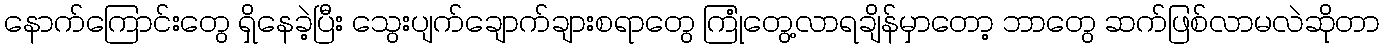
နောက်ကြောင်းတွေ ရှိနေခဲ့ပြီး သွေးပျက်ချောက်ချားစရာတွေ ကြုံတွေ့လာရချိန်မှာတော့ ဘာတွေ ဆက်ဖြစ်လာမလဲဆိုတာ